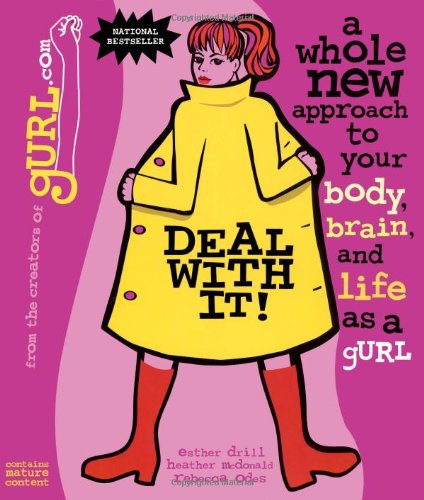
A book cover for Deal with It!  A Whole New Approach to Your Body, Brain, and Life as a gURL; Esther Drill; Teen & Young Adult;